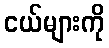
ငယ်များကို